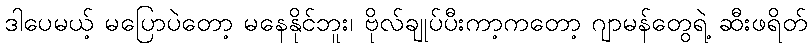
ဒါပေမယ့် မပြောပဲတော့ မနေနိုင်ဘူး၊ ဗိုလ်ချုပ်ပီးကာ့ကတော့ ဂျာမန်တွေရဲ့ ဆီးဖရိတ်